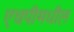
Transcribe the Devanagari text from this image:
एचपीमधील